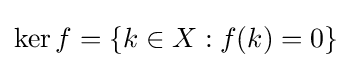
\ker f=\{k\in X:f(k)=0\}